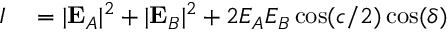
\begin{array} { r l } { I } & { { } = | \mathbf { E } _ { A } | ^ { 2 } + | \mathbf { E } _ { B } | ^ { 2 } + 2 E _ { A } E _ { B } \cos ( c / 2 ) \cos ( \delta ) } \end{array}